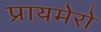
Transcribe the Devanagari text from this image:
प्रायमेरो